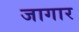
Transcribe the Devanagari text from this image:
जागार